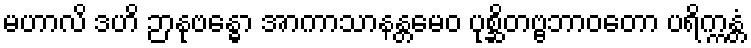
မဟာလိ ဒဟိ ဉာနုဗန္ဓော အာကာသာနန္တမေဝ ပုစ္ဆိတဗ္ဗဘာဝတော ပရိက္ကန္တံ